Civil Veterinary Department. United Provinces 1912-22 - 1912-1922
Year: 1912
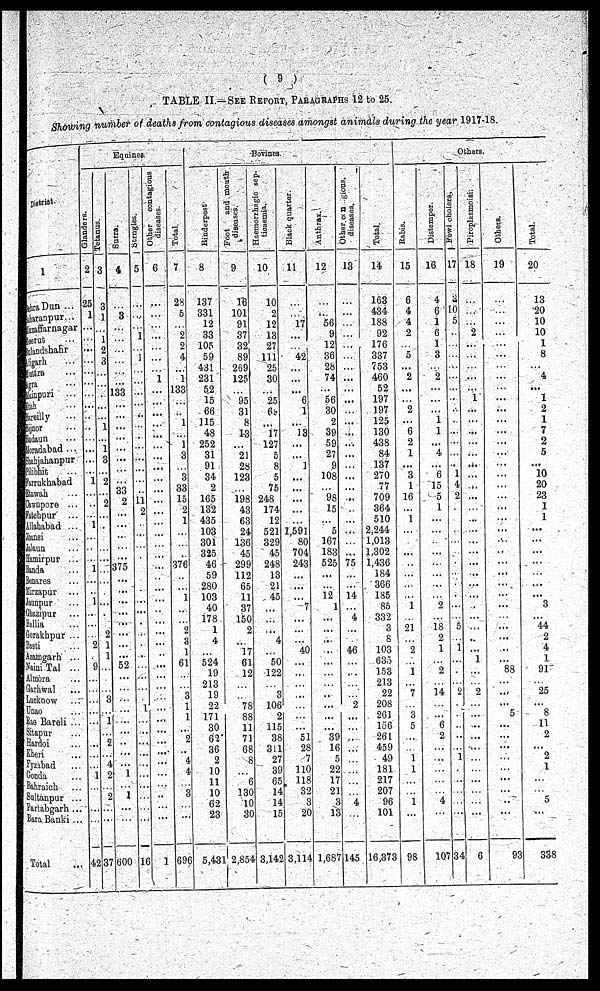
( 9 )
TABLE II.—SEE REPORT, PARAGRAPHS 12 to 25.
Showing number of deaths from contagious diseases amongst animals during the year 1917-18.
District.
1
Dehra Dun ...
sharanpur...
zaffarnagar
Meerut...
alandshahr...
ligarh...
Muttra ...
agra...
sinpuri
...
Unah...
Bareilly ...
Bijnor ...
Badaun ...
doradabad ...
Sahjahanpur
Pilibhit ...
Farrukhabad
Etawah ...
Cawnpore ...
Fatehpur
...
Allahabad ...
Jhansi ...
Jalaun ...
Hamirpur ...
Bunda ...
Benares ...
Mirzapur ...
Jaonpur ...
Ghazipur ...
Ballia ...
Gorakhpur ...
Basti ...
Azamgarh ...
Naini Tal ...
Almora ...
Garhwal ...
Locknow ...
Unao ...
Rae Bareli ...
Sitapur ...
Hardoi ...
Kheri ...
Fyzabad ...
Gonda ...
Bahraich ...
Sultanpur ...
Parlabgarh ...
BaraBanki ...
Total ...
Equines
Glanders.
2
25
1
...
...
...
...
...
...
...
......
...
...
...
...
....
...
1
...
...
...
1
...
...
...
1
...
...
1
...
...
...
2
...
9
...
...
...
...
...
...
...
...
...
1
...
...
...
...
42
Tetanus.
3
3
1
...
1
2
3
...
...
...
...
...
1
...
1
3
...
2
...
2
...
...
...
...
...
...
...
...
...
...
...
2
1
1
...
...
...
3
...
1
...
2
...
4
2
...
2
...
...
37
Surra.
4
...
3
...
...
...
...
...
...
133
...
...
...
...
...
...
...
...
33
2
...
...
...
...
...
375
...
...
...
...
...
...
...
...
52
...
...
...
...
...
...
...
...
...
1
...
1
...
...
600
Stragles.
5
...
...
...
1
...
1
...
...
...
...
.....
...
...
...
...
...
...
..
11
2
...
...
...
...
...
...
...
...
...
....
...
...
...
...
...
...
...
1
...
...
...
...
...
...
...
...
...
...
16
Other contagious
diseases.
6
...
...
...
...
...
...
...
1
...
...
...
...
...
...
...
...
...
...
...
...
...
...
...
...
...
...
...
...
...
...
...
...
...
...
...
...
...
...
...
...
...
...
...
...
...
...
...
...
1
Total.
7
28
5
...
2
2
4
...
1
133
...
...
1
...
1
3
...
3
33
15
2
1
...
...
...
376
...
...
1
...
...
2
3
1
61
...
...
3
1
1
...
2
.....
4
4
...
3
...
...
696
Bovines.
Rinderpost.
8
137
331
12
33
105
59
431
231
52
15
66
115
48
252
31
91
34
2
165
132
435
103
301
325
46
59
280
103
40
178
1
4
...
524
19
213
19
22
171
30
62
36
2
10
11
10
62
23
5,431
Foot
and mouth
diseases.
9
16
101
91
37
32
89
269
125
...
95
31
8
13
...
21
28
123
...
198
43
63
24
136
45
299
112
65
11
37
150
2
...
17
61
12
...
...
78
88
11
71
68
8
...
6
130
10
30
2,854
Haemorrhagic sep-
ticaemia.
10
10
2
12
13
27
111
25
30
...
25
69
...
17
127
5
8
5
75
248
174
12
521
329
45
248
13
21
45
...
...
...
4
...
50
122
...
3
106
2
115
38
311
27
39
65
14
14
15
3,142
Black quarter.
11
...
...
17
...
...
42
...
...
...
6
1
...
13
...
...
1
...
...
...
...
...
2,591
80
704
243
...
...
...
7
...
...
...
40
...
...
...
...
...
...
...
51
28
7
110
118 32
3
20
3,114
Anthrax.
12
...
...
56
9
12
36
28
74
...
56
30
2
39
59
27
9
108
...
98
15
...
5
167
183
525
...
...
12
1
...
...
...
...
...
...
...
.....
...
...
...
39
16
5
22
17
21
3
13
1,687
Other, contagious,
diseases.
13
...
...
...
...
...
...
...
...
...
...
...
...
...
...
...
...
...
...
...
...
...
...
...
...
75
...
...
14
...
4
...
...
46
...
...
...
2
...
...
..
...
...
...
...
...
4
...
145
Total.
14
163
434
188
92
176
337
753
460
52
197
197
125
130
438
84
137
270
77
709
364
510
2,244
1,013
1,302
1,436
184
366
185
85
332
3
8
103
63.3
153
213
22
208
261
156
261
459
49
181
217
207
96
101
16,373
Others.
Rabis.
15
6
4
4
2
...
5
...
2
...
...
2
...
6
2
1
...
3
1
16
...
1
...
...
...
...
...
...
...
1
...
21
...
2
...
1
...
7
...
3
5
...
...
1
1
...
...
1
...
98
Distemper.
16
4
6
1
6
1
3
...
2
...
...
...
1
1
...
4
...
6
15
5
1
...
...
...
...
...
...
...
...
2
...
18
2
1
...
2
...
14
...
...
6
2
...
...
...
...
...
4
...
107
Fowl oholera,
17
2
10
5
...
...
...
...
...
...
...
...
...
...
...
...
.....
1
4
2
...
...
...
...
...
...
...
...
...
...
...
5
...
1
...
...
...
2
...
...
...
...
...
1
...
...
...
...
...
34
Piroplasmoisis
18
...
...
...
2
...
...
...
...
...
1
...
...
...
...
...
...
...
...
...
...
...
...
...
...
...
..
...
...
..
...
...
..
...
1
...
...
2
...
...
...
...
...
...
...
...
...
...
...
6
Others.
19
...
...
...
...
...
...
...
...
...
...
...
...
...
...
...
..
...
...
...
...
...
...
...
...
..
...
88
...
...
...
5
...
...
...
...
...
...
..
...
93
Total.
20
13
20
10
10
1
8
...
4
...
1
2
1
7
2
5
...
10
20
23
1
1
...
...
...
...
...
...
...
3
...
44
2
4
1
91
...
25
...
8
11
2
...
2
1
5
338